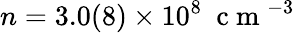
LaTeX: n=3.0(8)\times 10^{8}~\mathrm{~c~m~}^{-3}